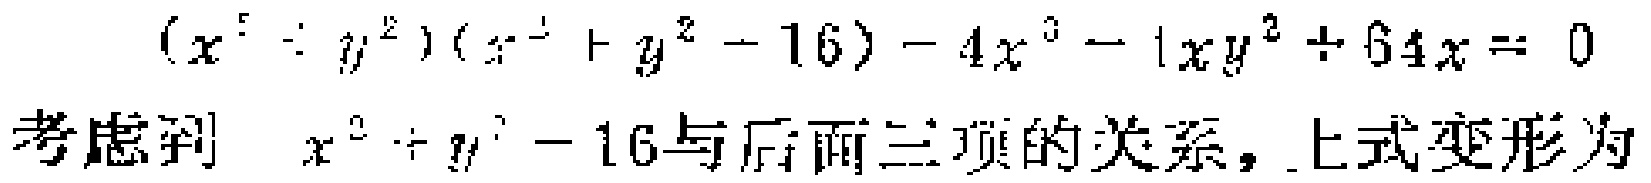
\((x^{2}+y^{2})(x^{-2}+y^{2}-16)-4x^{0}-1xy^{2}+64x = 0\)

考虑到 \(x^{2}+y^{2}-16\)与后面三项的关系，上式变形为